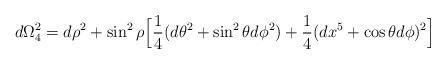
LaTeX: \begin{align*}d\Omega_4^2 = d\rho^2 + \sin^2 \rho \Big[{1 \over 4}(d\theta^2 + \sin^2\theta d\phi^2) + {1\over 4}(d x^5 + \cos\theta d\phi)^2 \Big]\end{align*}